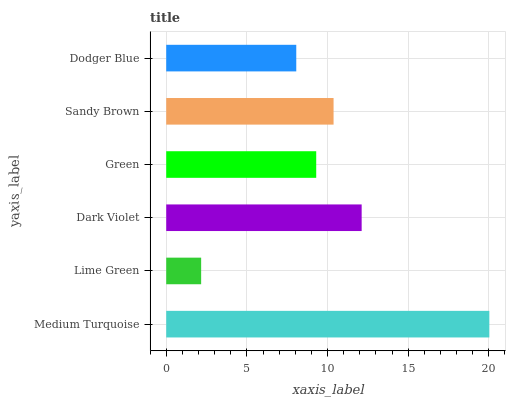
| yaxis_label | bars |
 | --- | --- |
 | Medium Turquoise | 20 |
 | Lime Green | 2.16 |
 | Dark Violet | 12.1 |
 | Green | 9.3 |
 | Sandy Brown | 10.4 |
 | Dodger Blue | 8.06 |